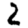
Digit: 2